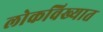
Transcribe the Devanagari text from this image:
लोकविख्यात